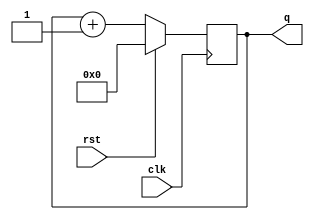
module Counter #(
  parameter SIZE=5
) (
  input           rst,
  input           clk,
  output [SIZE:0] q
);

reg [SIZE:0] state;

always @(posedge clk) begin
  if (rst) begin
    state <= {SIZE{1'b0}};
  end
  else begin
    state <= state + 1'b1;
  end
end

assign q = state;

endmodule